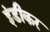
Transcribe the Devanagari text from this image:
इंडीकर